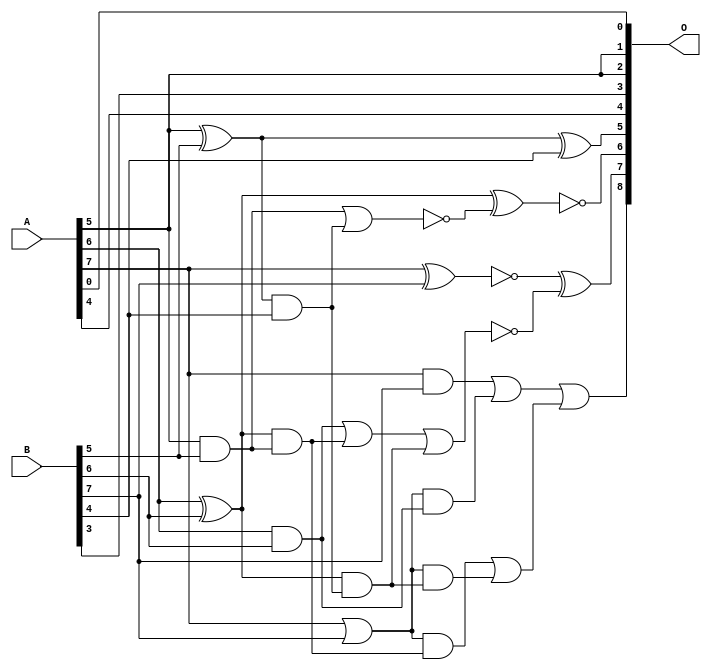
/***
* This code is a part of EvoApproxLib library (ehw.fit.vutbr.cz/approxlib) distributed under The MIT License.
* When used, please cite the following article(s): V. Mrazek, Z. Vasicek and R. Hrbacek, "Role of circuit representation in evolutionary design of energy-efficient approximate circuits" in IET Computers & Digital Techniques, vol. 12, no. 4, pp. 139-149, 7 2018. doi: 10.1049/iet-cdt.2017.0188 
* This file contains a circuit from a sub-set of pareto optimal circuits with respect to the pwr and wce parameters
***/
// MAE% = 1.64 %
// MAE = 8.4 
// WCE% = 4.30 %
// WCE = 22 
// WCRE% = 100.00 %
// EP% = 96.88 %
// MRE% = 4.57 %
// MSE = 100 
// PDK45_PWR = 0.012 mW
// PDK45_AREA = 26.8 um2
// PDK45_DELAY = 0.27 ns

module add8u_2XT(A, B, O);
  input [7:0] A, B;
  output [8:0] O;
  wire n_193, n_44, n_47, n_40, n_42, n_187, n_49, n_149, n_147, n_144;
  wire n_209, n_182, n_180, n_8, n_9, n_184, n_4, n_5, n_6, n_7;
  wire n_0, n_1, n_2, n_3, n_37, n_38, n_14, n_15, n_12, n_13;
  wire n_10, n_11, n_116, n_178, n_118, n_156, n_213, n_211;
  assign n_0 = A[0];
  assign n_1 = A[1];
  assign n_2 = A[2];
  assign n_3 = A[3];
  assign n_4 = A[4];
  assign n_5 = A[5];
  assign n_6 = A[6];
  assign n_7 = A[7];
  assign n_8 = B[0];
  assign n_9 = B[1];
  assign n_10 = B[2];
  assign n_11 = B[3];
  assign n_12 = B[4];
  assign n_13 = B[5];
  assign n_14 = B[6];
  assign n_15 = B[7];
  assign n_37 = n_7 | n_15;
  assign n_38 = n_5 ^ n_13;
  assign n_40 = n_5 & n_13;
  assign n_42 = n_6 ^ n_14;
  assign n_44 = n_6 & n_14;
  assign n_47 = ~(n_7 ^ n_15);
  assign n_49 = n_7 & n_15;
  assign n_116 = n_38 & n_12;
  assign n_118 = ~(n_40 | n_116);
  assign n_144 = n_42 & n_116;
  assign n_147 = n_42 & n_40;
  assign n_149 = n_44 | n_147;
  assign n_156 = ~(n_149 | n_144);
  assign n_178 = n_37 & n_144;
  assign n_180 = n_37 & n_147;
  assign n_182 = n_37 & n_44;
  assign n_184 = n_49 | n_182;
  assign n_187 = n_180 | n_178;
  assign n_193 = n_184 | n_187;
  assign n_209 = n_38 ^ n_12;
  assign n_211 = ~(n_42 ^ n_118);
  assign n_213 = n_47 ^ n_156;
  assign O[0] = n_0;
  assign O[1] = n_5;
  assign O[2] = n_5;
  assign O[3] = n_11;
  assign O[4] = n_4;
  assign O[5] = n_209;
  assign O[6] = n_211;
  assign O[7] = n_213;
  assign O[8] = n_193;
endmodule